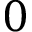
0